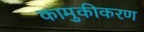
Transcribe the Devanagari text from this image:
कामुकीकरण